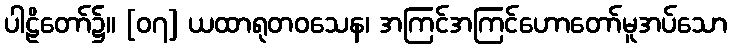
ပါဠိတော်၌။ [၀၇] ယထာရုတဝသေန၊ အကြင်အကြင်ဟောတော်မူအပ်သော